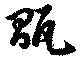
瓵